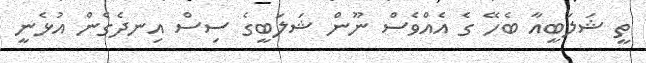
ތީ ޝަލަބީއާ ބެހޭ ގެ އެއްވެސް ނޫން ޝަލަބީގެ ސިސް އިނދެގެން އުޅެނީ